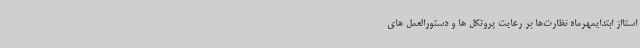
استااز ابتدایمهرماه نظارت‌ها بر رعایت پروتکل ها و دستورالعمل های